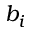
b _ { i }